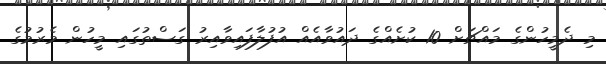
މި ދެމީހުންގެ މައްޗަށް 10 ކުށެއްގެ ދައުވާއެއް އުފުލާފައިވާއިރު ގަސްތުގައި މީހުން މެރުމުގެ